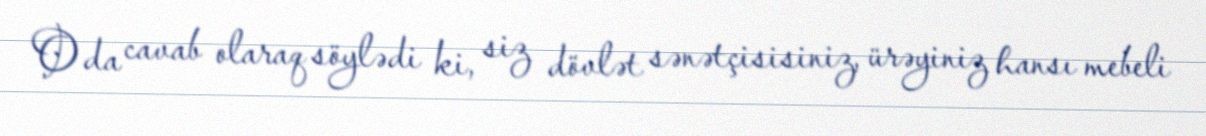
O da cavab olaraq söylədi ki, siz dövlət sənətçisisiniz, ürəyiniz hansı mebeli